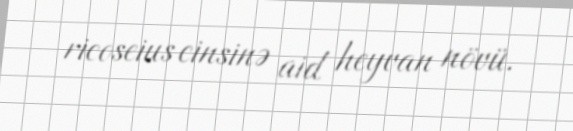
ricoseius cinsinə aid heyvan növü.